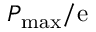
P _ { \mathrm { m a x } } / \mathrm { e }